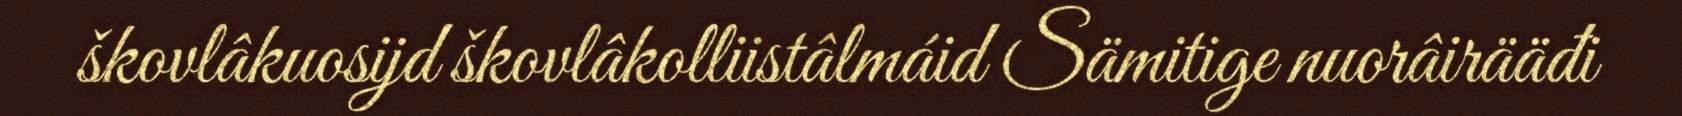
škovlâkuosijd škovlâkolliistâlmáid Sämitige nuorâirääđi